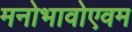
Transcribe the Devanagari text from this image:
मनोभावोएवम